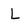
Character: L